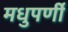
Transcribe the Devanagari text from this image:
मधुपर्णी